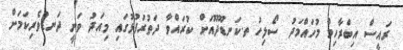
ރައީސް އިބްރާހިމް މުހައްމަދު ސޯލިހު ތ.ކަނޑޫދޫއަށް ކުރައްވާ ދަތުރުފުޅުގައި މިއަދު ވަނީ ދަނޑުވެރިކަމަށް